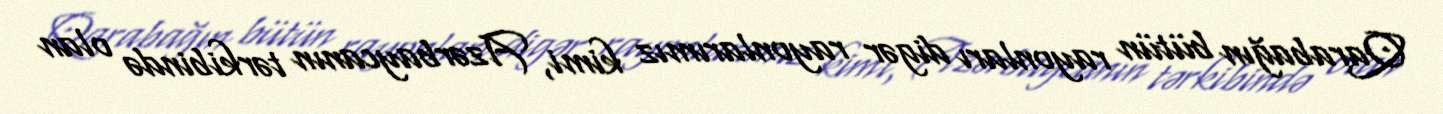
Qarabağın bütün rayonları digər rayonlarımız kimi, Azərbaycanın tərkibində olan